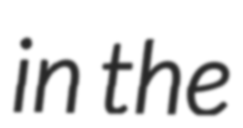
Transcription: in the